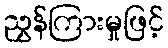
ညွှန်ကြားမှုဖြင့်